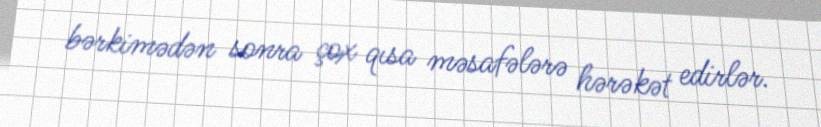
bərkimədən sonra çox qısa məsafələrə hərəkət edirlər.